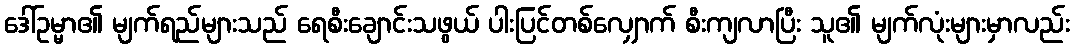
ဒေါ်ဥမ္မာ၏ မျက်ရည်များသည် ရေစီးချောင်းသဖွယ် ပါးပြင်တစ်လျှောက် စီးကျလာပြီး သူ၏ မျက်လုံးများမှာလည်း